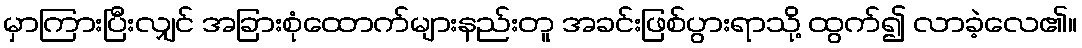
မှာကြားပြီးလျှင် အခြားစုံထောက်များနည်းတူ အခင်းဖြစ်ပွားရာသို့ ထွက်၍ လာခဲ့လေ၏။